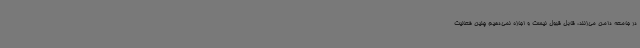
در جامعه دامن می‌زنند، قابل قبول نیست و اجازه نمی‌دهیم چنین فعالیت